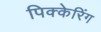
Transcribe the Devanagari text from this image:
पिक्केरिंग